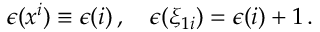
\epsilon ( x ^ { i } ) \equiv \epsilon ( i ) \, , \quad \epsilon ( \xi _ { 1 i } ) = \epsilon ( i ) + 1 \, .